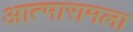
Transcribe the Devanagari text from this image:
आत्मारामला